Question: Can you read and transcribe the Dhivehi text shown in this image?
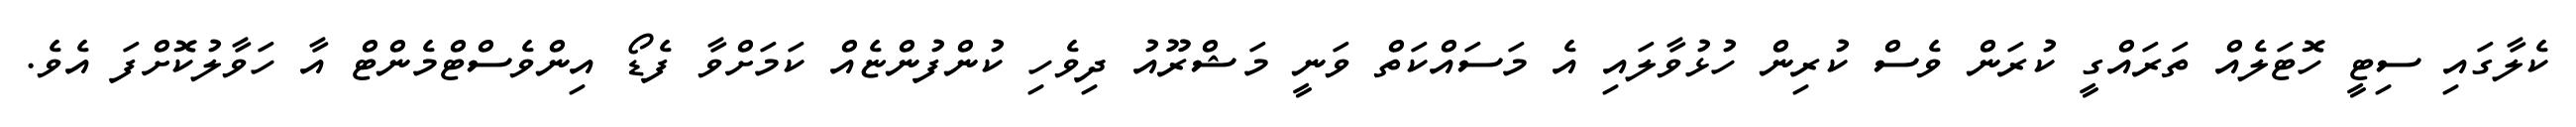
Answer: ކެލާގައި ސިޓީ ހޮޓަލެއް ތަރައްގީ ކުރަން ވެސް ކުރިން ހުޅުވާލައި އެ މަސައްކަތް ވަނީ މަޝްރޫއު ދިވެހި ކުންފުންޏެއް ކަމަށްވާ ފެޑޯ އިންވެސްޓްމެންޓް އާ ހަވާލުކޮށްފަ އެވެ.